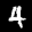
Label: 4